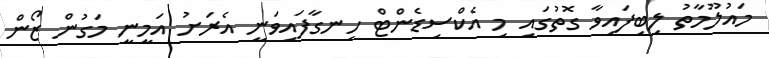
މައުލޫމާތު ލިބިފައިވާ ގޮތުގައި މި އެކްސިޑެންޓް ހިނގާފައިވަނީ އެރަށު އަމީނީ މަގުން ޒޯން